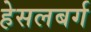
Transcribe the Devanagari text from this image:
हेसलबर्ग